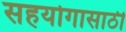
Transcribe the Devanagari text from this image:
सहयोगासाठी